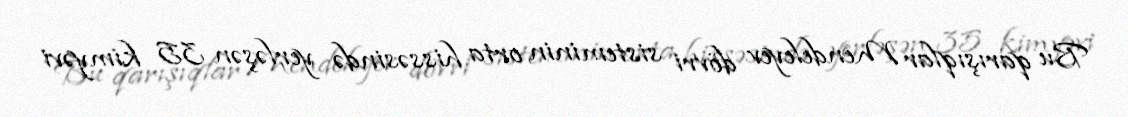
Bu qarışıqlar Mendeleyev dövri sisteminin orta hissəsində yerləşən 35 kimyəvi